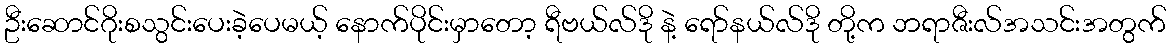
ဦးဆောင်ဂိုးစသွင်းပေးခဲ့ပေမယ့် နောက်ပိုင်းမှာတော့ ရီဗယ်လ်ဒို နဲ့ ရော်နယ်လ်ဒို တို့က ဘရာဇီးလ်အသင်းအတွက်